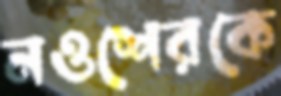
নওশেরকে